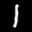
Label: 1